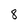
Character: 8